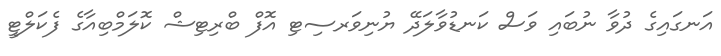
އަނގައިގެ ދުވާ ނުބައި ވަސް ކަނޑުވާލަދޭ ޔުނިވަރސިޓި އޮފް ބްރިޓިޝް ކޮލަމްބިއާގެ ފެކަލްޓީ